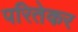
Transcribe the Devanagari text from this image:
परितेकर